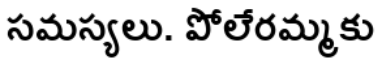
సమస్యలు. పోలేరమ్మకు